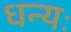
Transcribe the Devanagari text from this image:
धन्यः